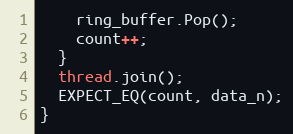
Language: C++
    ring_buffer.Pop();
    count++;
  }
  thread.join();
  EXPECT_EQ(count, data_n);
}